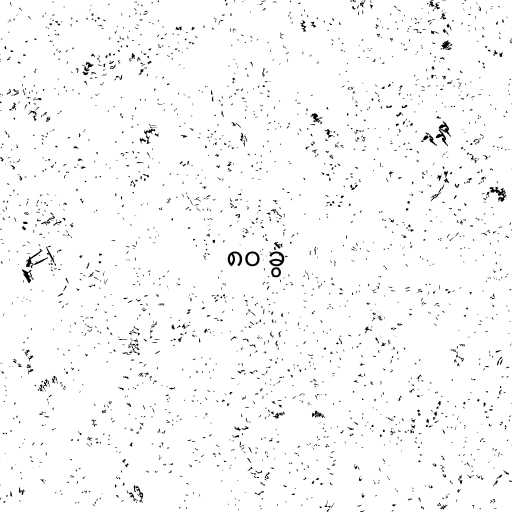
၈၀ ခွဲ